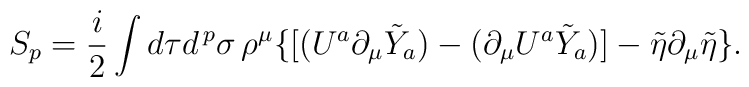
S_p=\frac{i}{2}\int d\tau d^{\,p}\sigma\,\rho^\mu\{[(U^a\partial_\mu \tilde Y_a)-(\partial_\mu U^a \tilde Y_a)] - \tilde\eta \partial_{\mu}\tilde\eta \}.